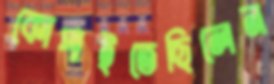
কোপাইতেছিলেন